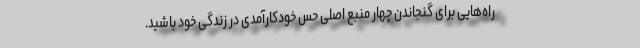
راه‌هایی برای گنجاندن چهار منبع اصلی حس خودکارآمدی در زندگی خود باشید.